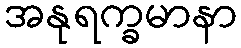
အနုရက္ခမာနာ